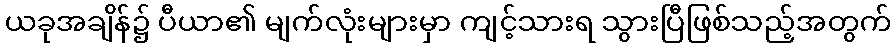
ယခုအချိန်၌ ပီယာ၏ မျက်လုံးများမှာ ကျင့်သားရ သွားပြီဖြစ်သည့်အတွက်